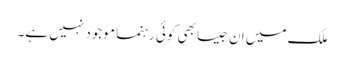
ملک میں ان جیسا بھی کوئی رہنما موجود نہیں ہے۔